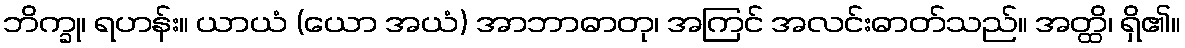
ဘိက္ခု၊ ရဟန်း။ ယာယံ (ယော အယံ) အာဘာဓာတု၊ အကြင် အလင်းဓာတ်သည်။ အတ္ထိ၊ ရှိ၏။